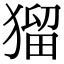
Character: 𤠑